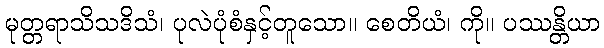
မုတ္တရာသိသဒိသံ၊ ပုလဲပုံစံနှင့်တူသော။ စေတိယံ၊ ကို။ ပဿန္တိယာ